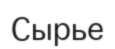
Сырье